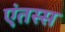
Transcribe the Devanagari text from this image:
एंतस्स